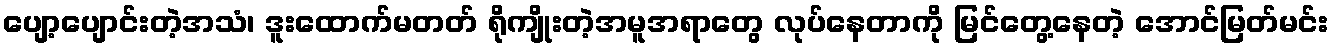
ပျော့ပျောင်းတဲ့အသံ၊ ဒူးထောက်မတတ် ရိုကျိုးတဲ့အမူအရာတွေ လုပ်နေတာကို မြင်တွေ့နေတဲ့ အောင်မြတ်မင်း